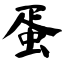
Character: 蛋